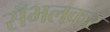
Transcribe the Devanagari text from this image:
सँभलकर